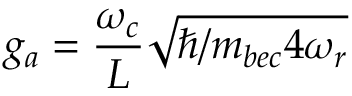
g _ { a } = \frac { \omega _ { c } } { L } \sqrt { \hbar / m _ { b e c } 4 \omega _ { r } }